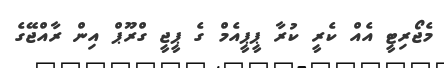
މެޖޯރިޓީ އެއް ކެރީ ކުރާ ޕީޕީއެމް ގެ ޕީޖީ ގްރޫޕް އިން ރާއްޖޭގެ